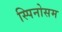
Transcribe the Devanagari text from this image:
स्पिनोसम